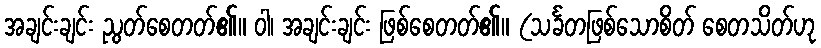
အချင်းချင်း ညွတ်စေတတ်၏။ ဝါ၊ အချင်းချင်း ဖြစ်စေတတ်၏။ (သင်္ခတဖြစ်သောစိတ် စေတသိတ်ဟု